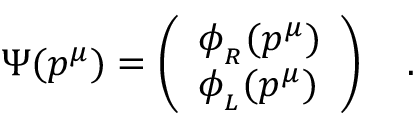
\Psi ( p ^ { \mu } ) = \left( \begin{array} { l } { { \phi _ { _ R } ( p ^ { \mu } ) } } \\ { { \phi _ { _ L } ( p ^ { \mu } ) } } \end{array} \right) \quad .